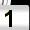
Digit: 1